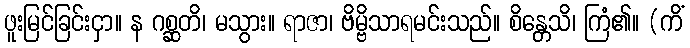
ဖူးမြင်ခြင်းငှာ။ န ဂစ္ဆတိ၊ မသွား။ ရာဇာ၊ ဗိမ္ဗိသာရမင်းသည်။ စိန္တေသိ၊ ကြံ၏။ (ကိံ